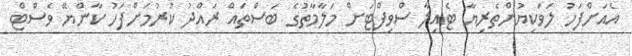
އެއަށްފަހު ލަވަކިޔުންތެރިޔާ ޓެއިލާ ސްވިފްޓަށް މަލާމާތުގެ ބަސްތައް ރައްދު ކުރުމަށްފަހު ކާންޔޭ ވެސްޓް